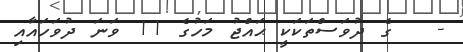
-   ގެ ދުވަސްތަކަކީ ޙައްޖު މަހުގެ 11 ވަނަ ދުވަހައާއި